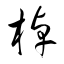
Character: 棹